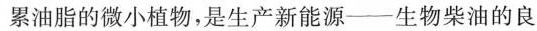
累油脂的微小植物，是生产新能源——生物柴油的良